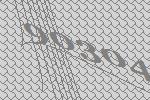
90304